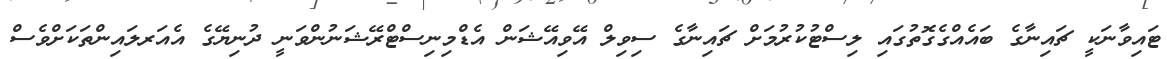
ޓައިވާނަކީ ޗައިނާގެ ބައެއްގެގޮތުގައި ލިސްޓުކުރުމަށް ޗައިނާގެ ސިވިލް އޭވިއޭޝަން އެޑްމިނިސްޓްރޭޝަނުންވަނީ ދުނިޔޭގެ އެއަރލައިންތަކަށްވެސް